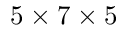
5 \times 7 \times 5